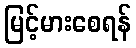
မြင့်မားစေရန်